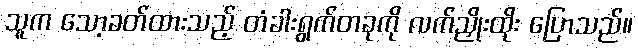
သူက သော့ခတ်ထားသည့် တံခါးရွက်တခုကို လက်ညှိုးထိုး ပြောသည်။